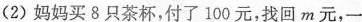
(2)妈妈买8只茶杯，付了100元，找回m元，一